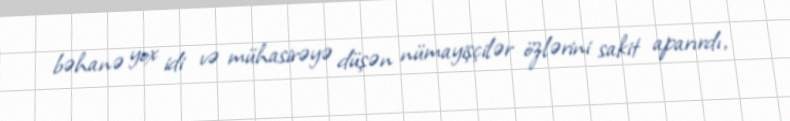
bəhanə yox idi və mühasirəyə düşən nümayişçilər özlərini sakit aparırdı,